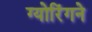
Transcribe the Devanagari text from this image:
ग्योरिंगने